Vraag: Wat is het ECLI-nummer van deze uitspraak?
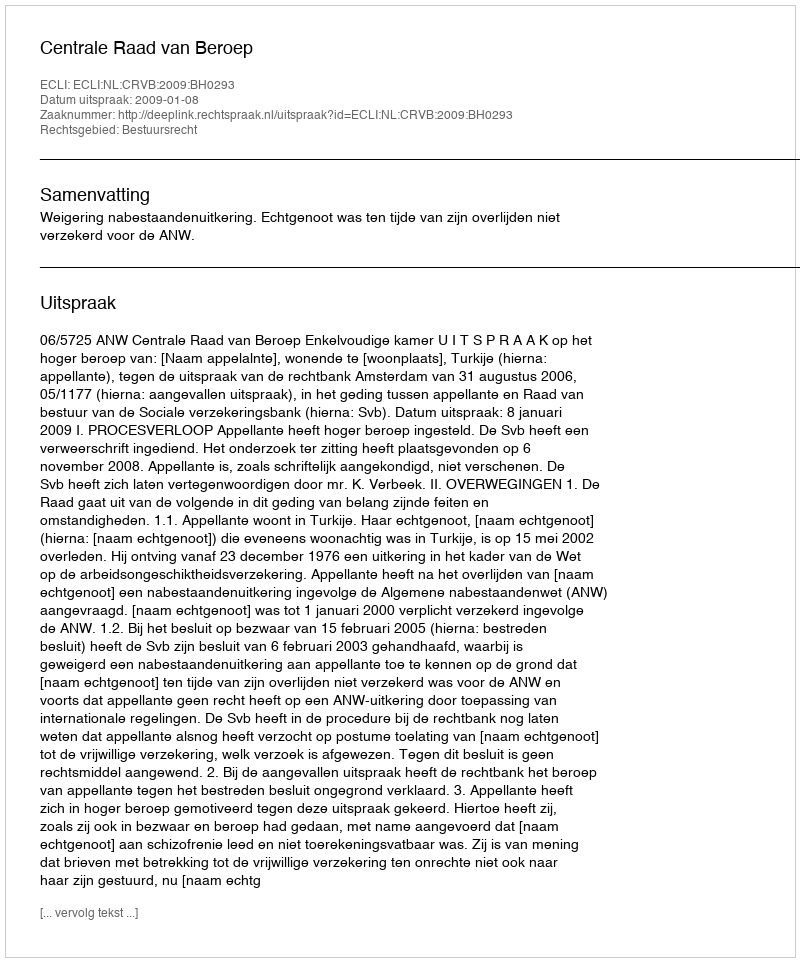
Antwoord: ECLI:NL:CRVB:2009:BH0293